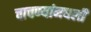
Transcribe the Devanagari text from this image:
चाचण्यांमधली